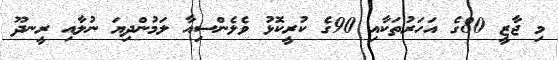
މި ޖާޒީ 80ގެ އަހަރުތަކާއި 90ގެ ކުރީކޮޅު ވެލެންސިއާ ލަމުންދިޔަ ނުލާއި ރީނދޫ